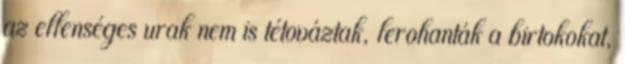
az ellenséges urak nem is tétováztak, lerohanták a birtokokat,